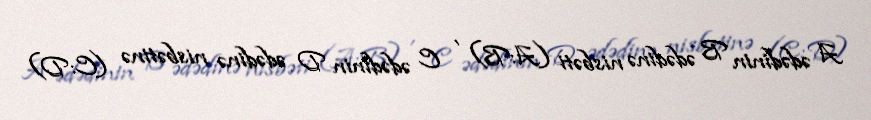
A ədədinin B ədədinə nisbəti (A:B) , C ədədinin D ədədinə nisbətinə (C:D)